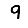
Digit: 9